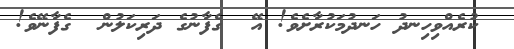
ކުރެއްވިހިނދު ހަނދުމަކުރާށެވެ! އޭ  ގެފާނުގެ ދަރިކަލުން  ގެފާނޭވެ!